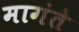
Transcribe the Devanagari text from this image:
मागंते